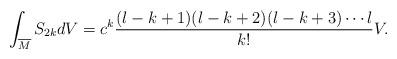
LaTeX: \begin{align*} \int_{\overline{M}}S_{2k}dV=c^{k}\frac{(l-k+1)(l-k+2)(l-k+3)\cdots l}{k!}V.\end{align*}